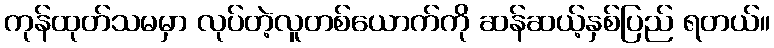
ကုန်ထုတ်သမမှာ လုပ်တဲ့လူတစ်ယောက်ကို ဆန်ဆယ့်နှစ်ပြည် ရတယ်။